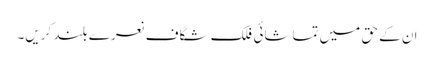
ان کے حق میں تماشائی فلک شگاف نعرے بلند کریں۔